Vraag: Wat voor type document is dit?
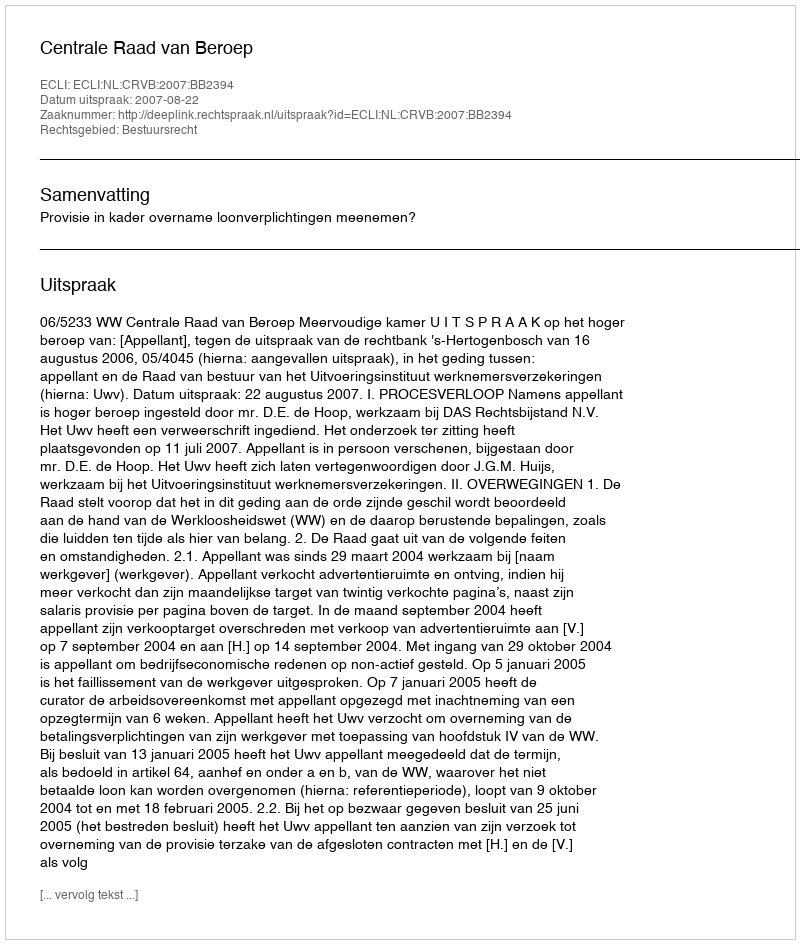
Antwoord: Uitspraak